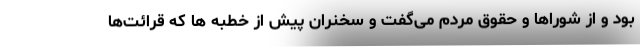
بود و از شوراها و حقوق مردم می‌گفت و سخنران پیش از خطبه ها که قرائت‌ها